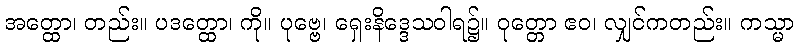
အတ္ထော၊ တည်း။ ပဒတ္ထော၊ ကို။ ပုဗ္ဗေ၊ ရှေးနိဒ္ဒေသဝါရ၌။ ဝုတ္တော ဧဝ၊ လျှင်ကတည်း။ ကသ္မာ